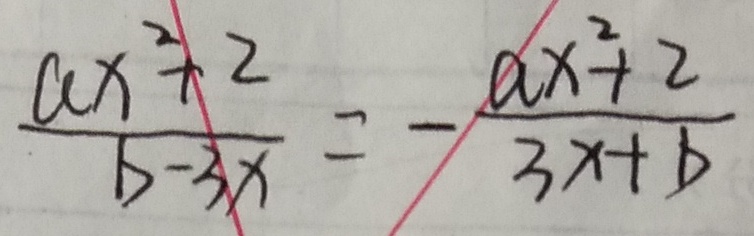
\frac { a x ^ { 2 } + 2 } { b - 3 x } = - \frac { a x ^ { 2 } + 2 } { 3 x + b }